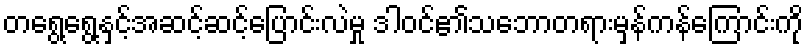
တရွေ့ရွေ့နှင့်အဆင့်ဆင့်ပြောင်းလဲမှု ဒါဝင်၏သဘောတရားမှန်ကန်ကြောင်းကို